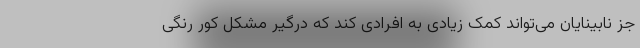
جز نابینایان می‌تواند کمک زیادی به افرادی کند که درگیر مشکل کور رنگی